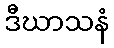
ဒီဃာသနံ